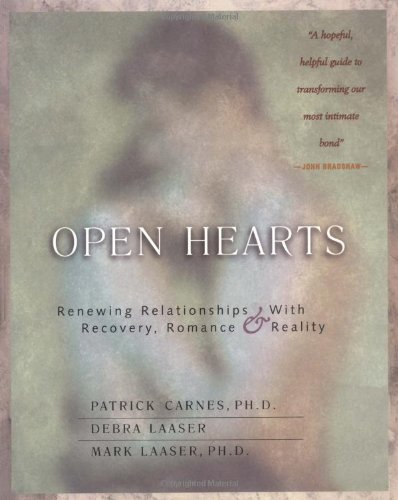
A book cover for Open Hearts: Renewing Relationships with Recovery, Romance & Reality; Patrick Carnes; Self-Help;